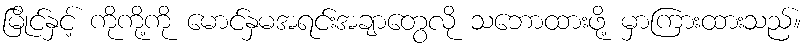
မြိုင်နှင့် ကိုကို့ကို မောင်နှမအရင်းအချာတွေလို သဘောထားဖို့ မှာကြားထားသည်။